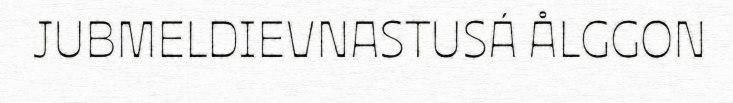
JUBMELDIEVNASTUSÁ ÅLGGON